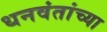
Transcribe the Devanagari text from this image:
धनवंतांच्या